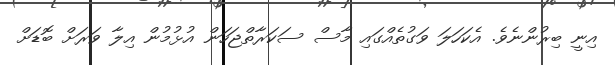
އިނީ ބިރުންނެވެ. އެކަހަލަ ވަގުތެއްގައި މާސް ސަކަރާތްޖަހަން އުޅުމުން އިލާ ވަރަށް ބޮޑަށް